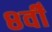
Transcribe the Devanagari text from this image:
८वीँ